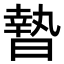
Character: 𣊓